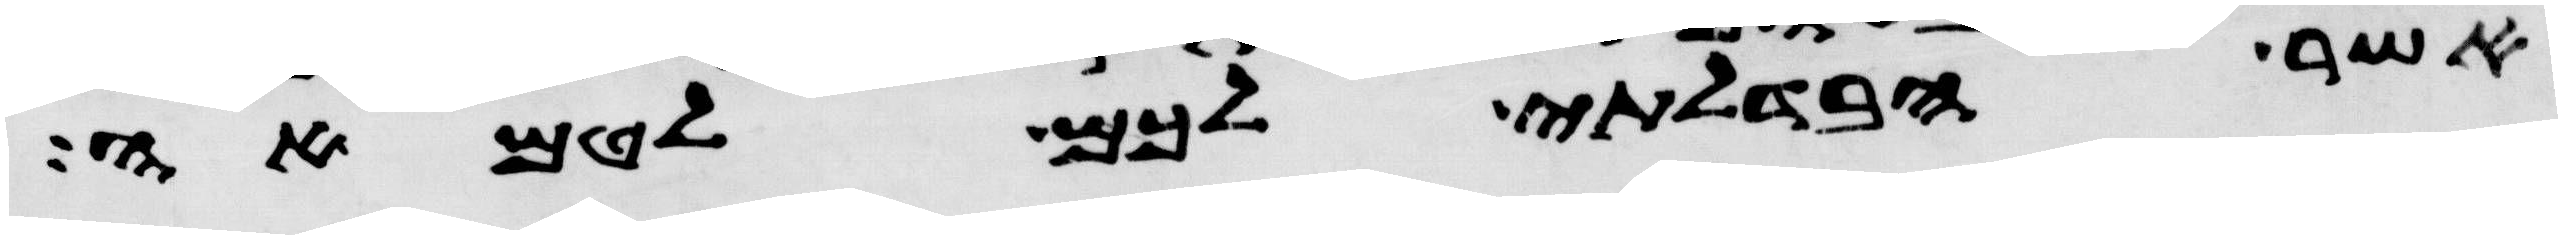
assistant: אשר הבדלתי לכם לטמאה